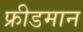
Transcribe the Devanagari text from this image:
फ्रीडमान